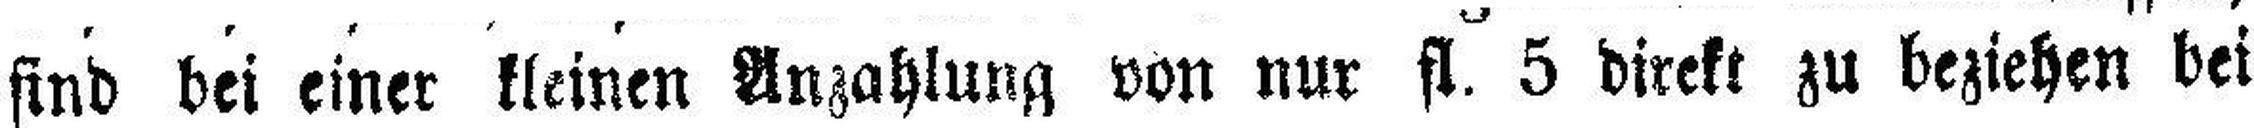
sind bei einer kleinen Anzahlung von nur fl. 5 direkt zu beziehen bei